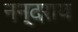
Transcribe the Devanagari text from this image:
नन्दराय